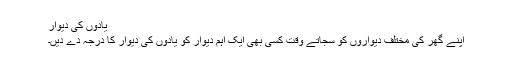
یادوں کی دیوار
اپنے گھر کی مختلف دیواروں کو سجاتے وقت کسی بھی ایک اہم دیوار کو یادوں کی دیوار کا درجہ دے دیں۔